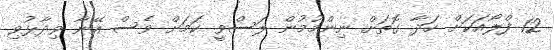
12 ފްލޯއަކަށް ހަދާ ގޮތަށް ނިންމުމުން ލަސްވީ ކަމަށް ވެސް އޭނާ ވިދާޅުވި